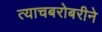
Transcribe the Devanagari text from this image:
त्याचबरोबरीने